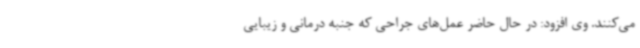
می‌کنند. وی افزود: در حال حاضر عمل‌های جراحی که جنبه درمانی و زیبایی